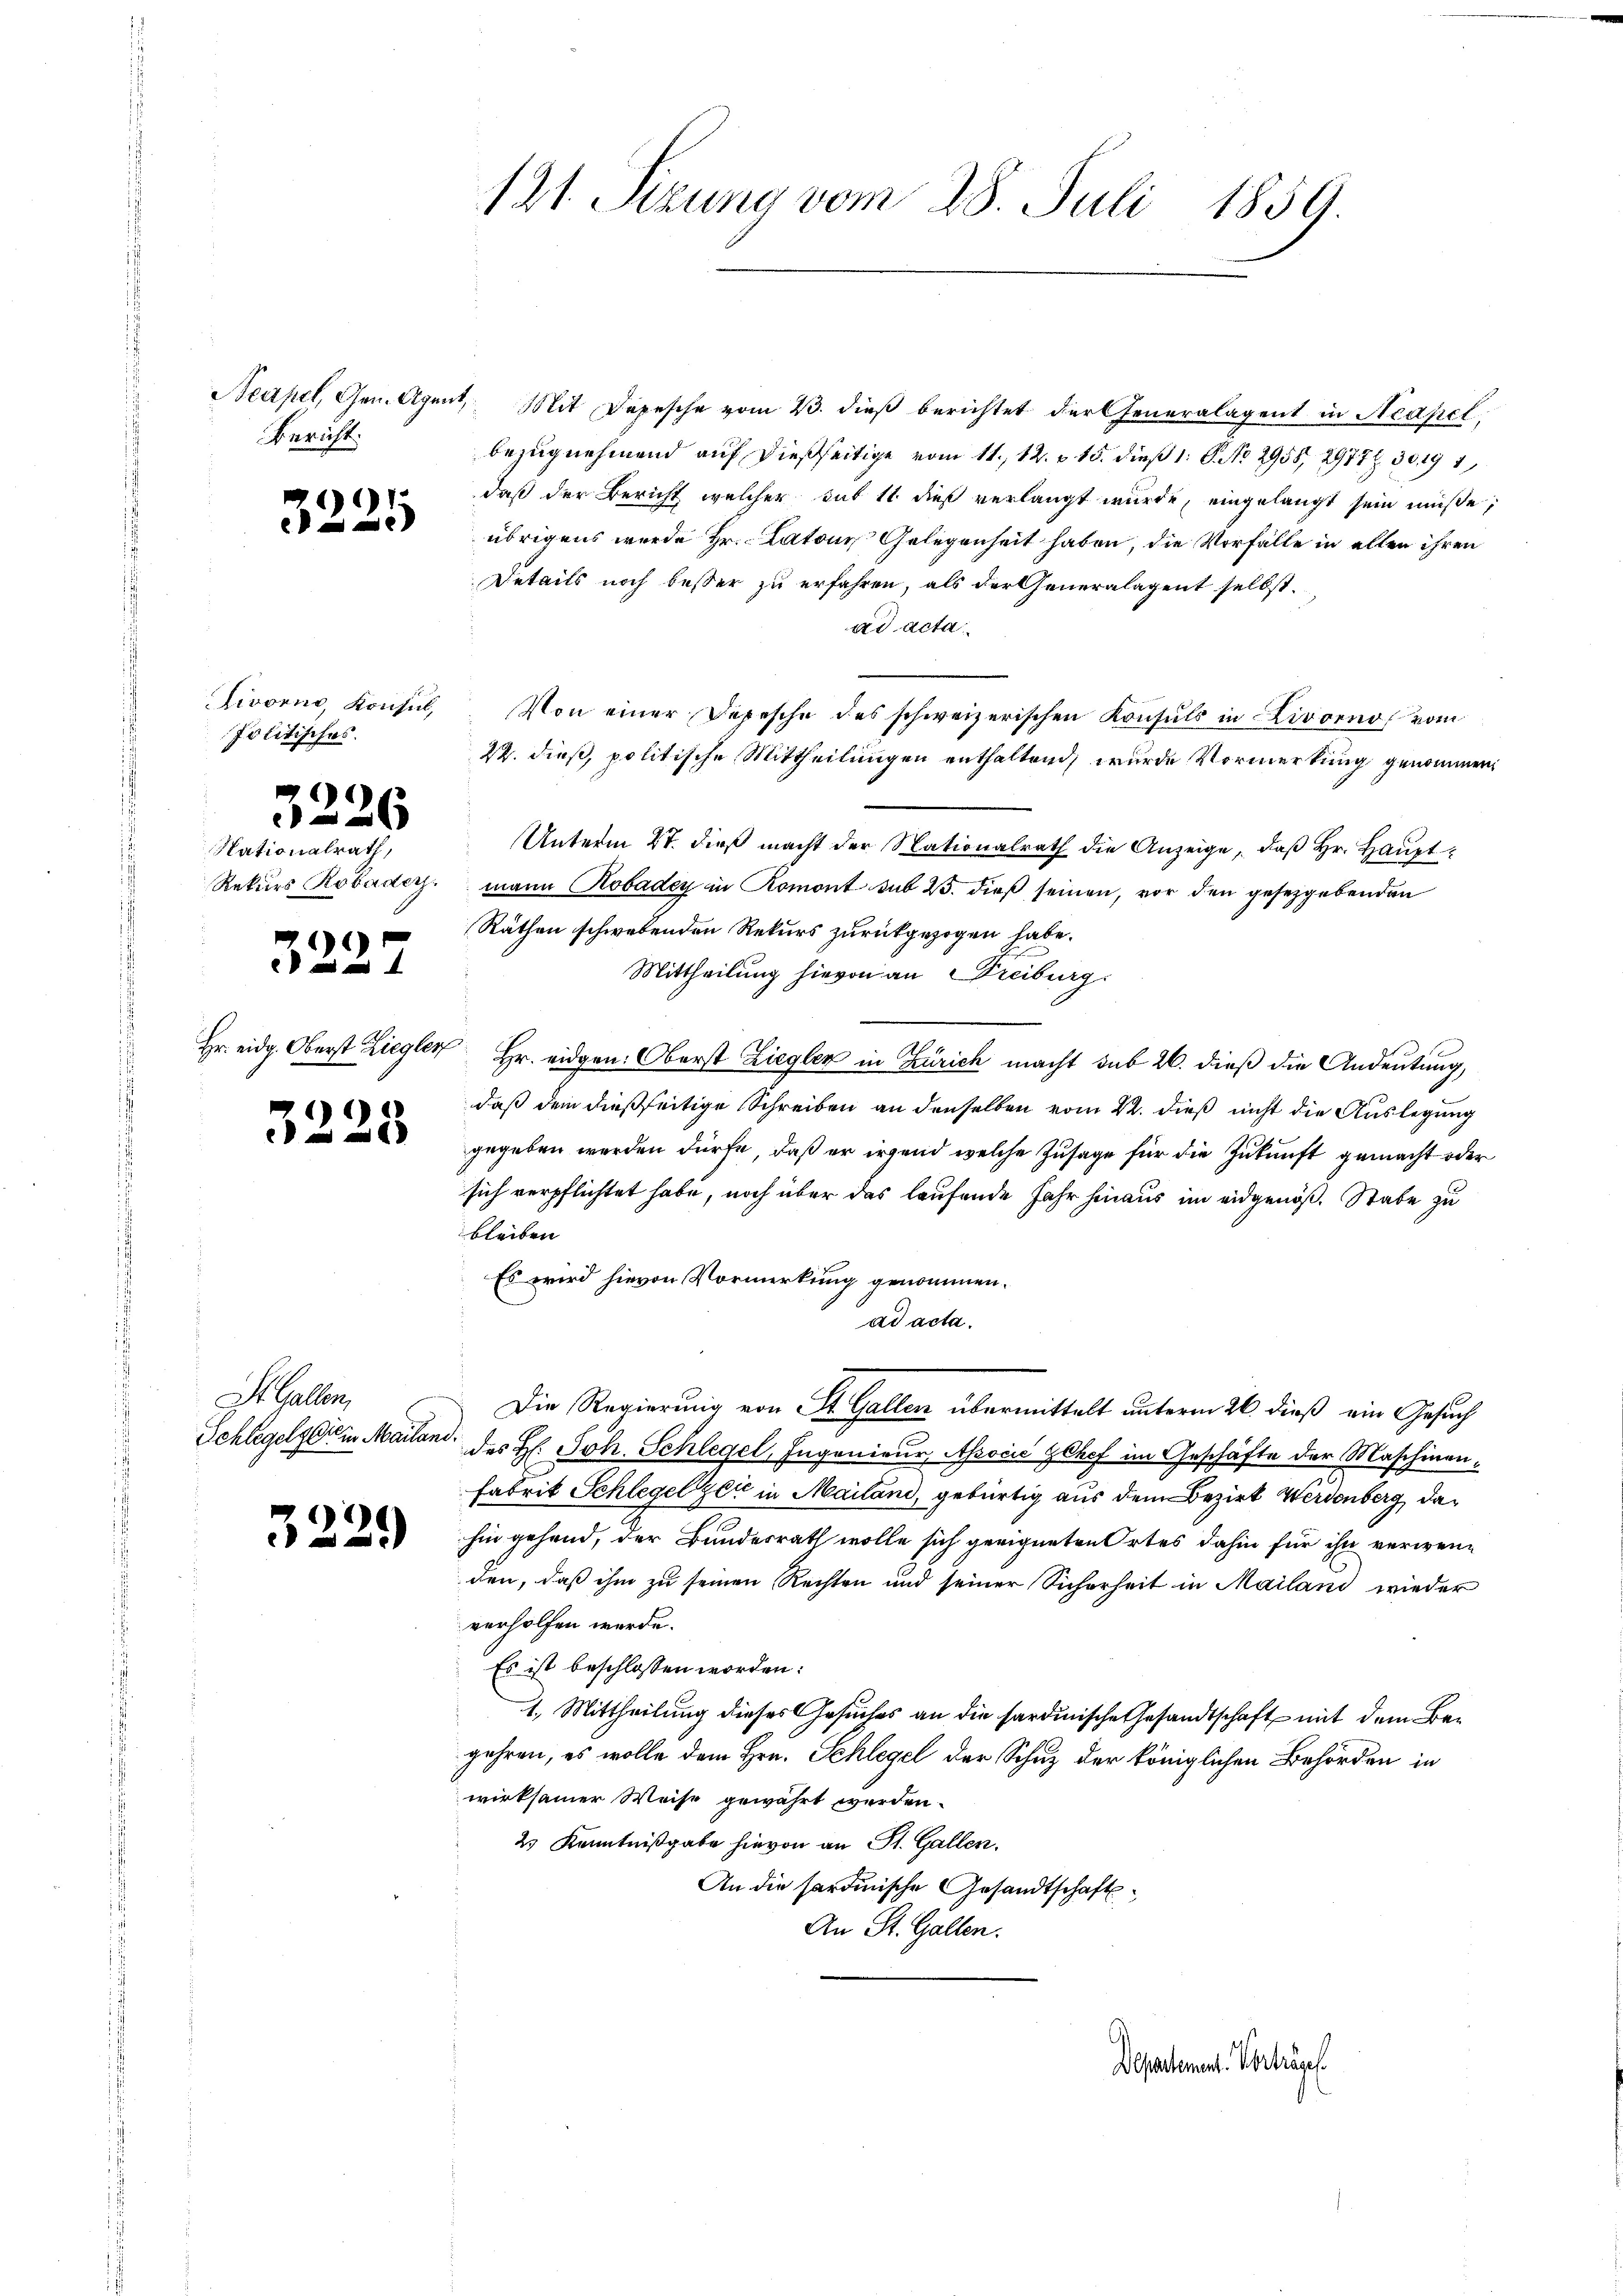
Bericht.

1
e

ivorno, Konsul,
Politisches.

National
Rekurs

Hr. nicht. Abe

1
e

1
V

1

rath,
obarder

St. Gallen,

799
e

st Ziegler

121. Sizung vom 28. Juli 1859.

Neapel, Gen. Agent, Mit Depesche vom 23. dieß berichtet der Generalagent in Neapel,
bezugnehmend auf dießseitige vom 11. 12. v. 15. dieß 1: P. No 2958, 2977. 30. 191
daß der Bericht, welcher sub 11 dieß verlangt wurde, eingelangt sein müße;
übrigens wurde Hr. Latons Gelegenheit haben, die Vorfälle in allen ihren
Details noch besser zu erfahren, als der Generalagent selbst.
ad acta
Von einer Depesche des schweizerischen Konsuls in Livorno vom
22. dieß, politische Mittheilungen enthaltend, wurde Vormerkung genommen,
Unterm 27. dieß macht der Nationalrath die Anzeige, daß Hr. Hauptmann Kobadey in Romont sub 25. dieß seinen, vor den gesetzgebenden
Räthen schwebenden Rekurs zurückgezogen habe.
Mittheilung hievon an Freiburg.
Hr. eidgen: Oberst Ziegler in Zürich macht sub 26. dieß die Andeutung,
daß dem dießseitige Schreiben an denselben vom 22. dieß nicht die Auslegung
gegeben werden dürfe, daß er irgend welche Zusage für die Zukunft gemacht oder
sich verpflichtet habe, noch über das laufende Jahr hinaus im eidgenöß. Stabe zu
bleiben
Es wird hievon Vormerkung genommen.
ad acta.
Die Regierung von St. Gallen übermittelt unterm 26. dieß ein Gesuch
Schlegelger in Mailand des H. Joh. Schlegel, Ingenieur, Associć gehof im Geschäfte der Maschinen¬
Fabrik Schlegel Zeit in Mailand, gebürtig aus dem Bezirk Werdenberg, dahin gehend, der Bundesrath wolle sich geeigneten Ortes dahin für ihn verwenden, daß ihm zu seinen Rechten und seiner Sicherheit in Mailand wieder
verholfen werde.
Es ist beschlossen worden:
1. Mittheilung dieses Gesuches an die sardinische Gesandtschaft mit dem Begehren, es wolle dem Hrn. Schlegel der Schutz der königlichen Behörden in
wirksamer Weise gewährt werden.
23 Kenntnißgabe hievon an St. Gallen.
An die hardinische Gesandtschafts¬
An St. Gallen.

Departement. Vorträge.